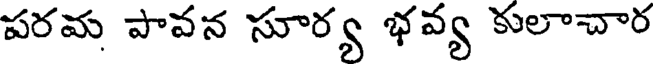
పరమ పావన సూర్య భవ్య కులాచార